Kloostri_vallavalitsus, lk 10
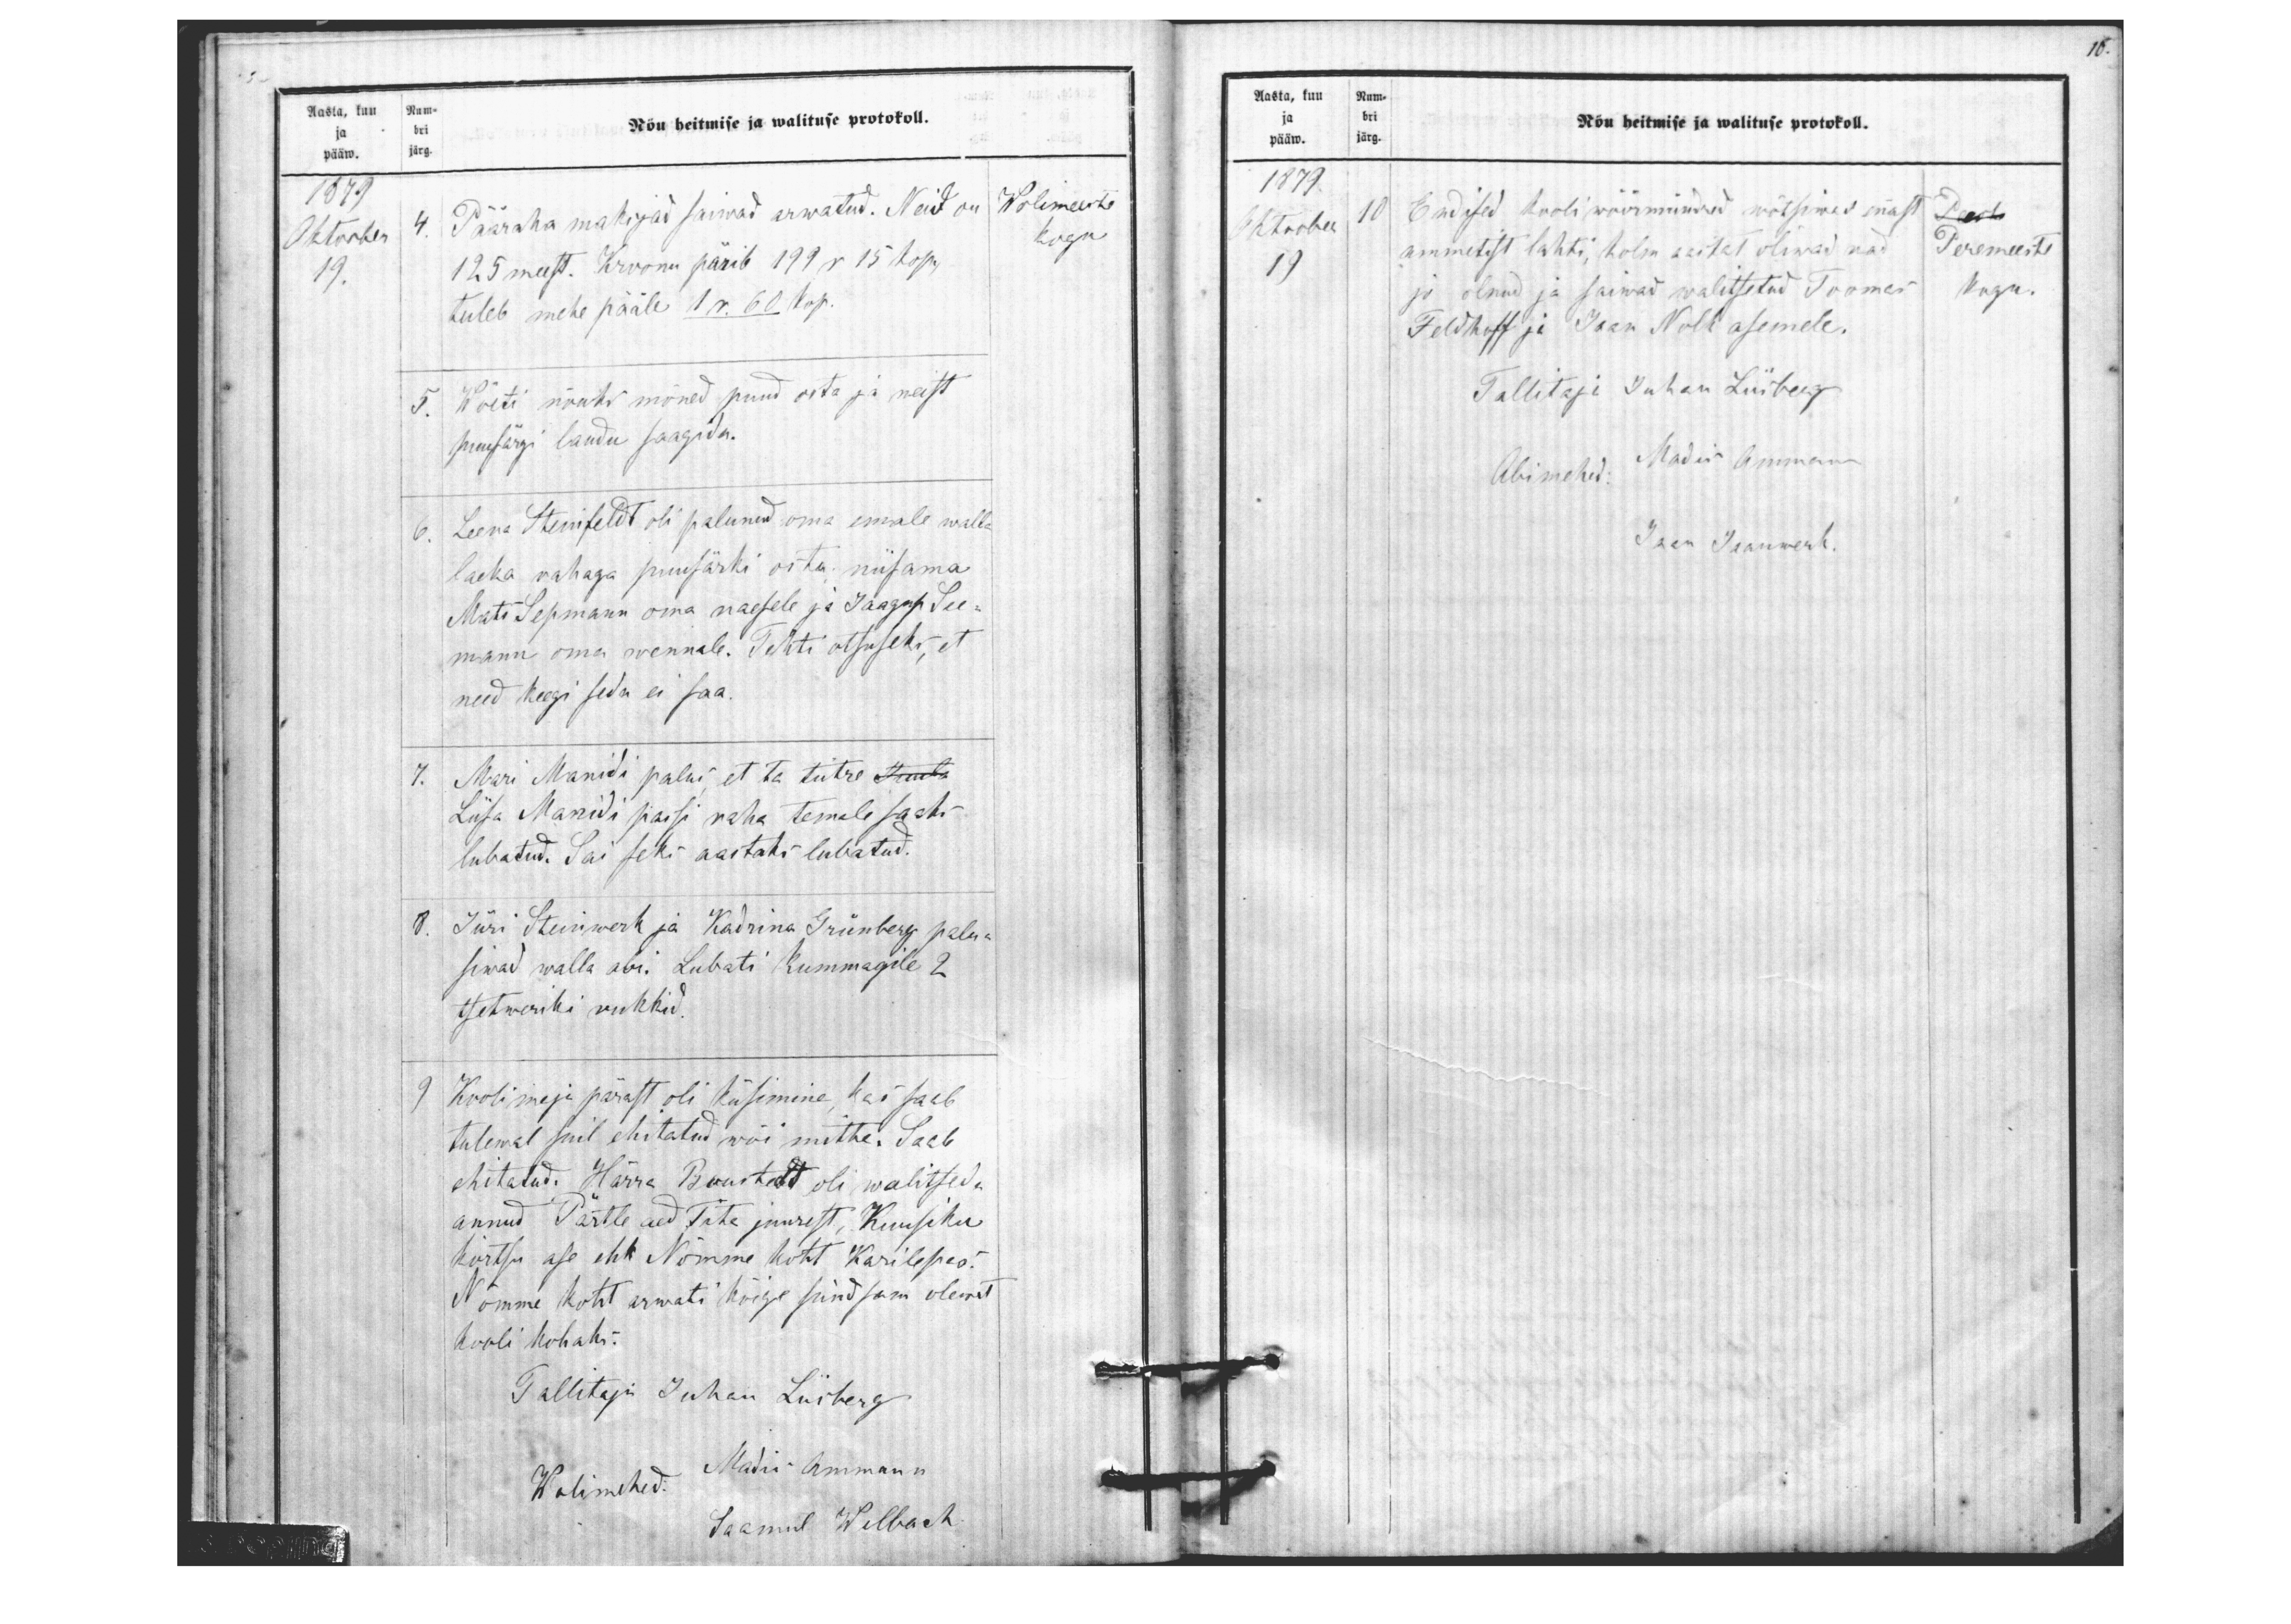
10.

Aasta, kuu Num-
ja bri
pääw. järg.
Nõu heitmise ja walituse protokoll.
1879
Oktoober
4. Pääraha maksjad saiwad arwatud. Neid on
Wolimeeste
kogu
19.
125 meest. Kroonu pärib 199 r 15 kop.
tuleb mehe pääle 1 r. 60 kop.
5. Wõeti nõuks mõned puud osta ja neist
puusärgi laudu saagida.
6. Leena Steinfeldt oli palunud oma emale walla
laeka rahaga puusärki osta niisama
Mats Sepmann oma naesele ja Jaagup See-
mann oma wennale. Tehti otsuseks, et
need keegi seda ei saa.
7. Mari Manidi palus, et ta tütre
Liisa Manidi passi raha temale saaks
lubatud. Sai seks aastaks lubatud.
8. Jüri Steinwerk ja Kadrina Grünberg palu-
siwad walla abi. Lubati kummagile 2
tsetweriki rukkid
9 Kooli maja pärast oli küsimine kas saab
tulewal suil ehitatud wõi mitte. Saab
ehitatud. Härra Boustedt oli walitseda
annud Pärtle aed Tähe juurest, Kuusiku
kõrtsu ase ehk Nõmme koht Karilepas.
Nõmme koht arwati kõige sündsam olewat,
kooli kohaks.
Tallitaja Juhan Liisberg
Wolimehed. Madis Ammann
Saamul Welbach

Aasta, kuu Num-
ja bri
pääw. järg.
Nõu heitmise ja walituse protokoll.
1879
Oktoober
10 Endised kooli wöörmündud wõtsiwad ennast
19
ammetist lahti, kolm aastat oliwad nad
Peremeeste
jo olnud ja saiwad walitsetud Toomas
kogu
Feldhoff ja Jaan Nolk asemele.
Tallitaja Juhan Liisbeg
Abimehed:
Madis Ammann
Jaan Jaanwerk.